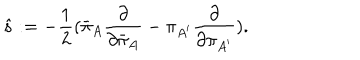
LaTeX: { \hat { s } } : = - { \frac { 1 } { 2 } } ( { \bar { \pi } } _ { A } { \frac { \partial } { \partial { \bar { \pi } } _ { A } } } - \pi _ { A ^ { \prime } } { \frac { \partial } { \partial \pi _ { A ^ { \prime } } } } ) .